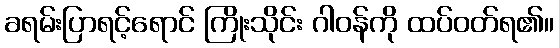
ခရမ်းပြာရင့်ရောင် ကြိုးသိုင်း ဂါဝန်ကို ထပ်ဝတ်ရ၏။